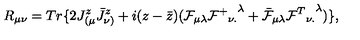
R _ { \mu \nu } = T r \{ 2 J _ { ( \mu } ^ { z } \bar { J } _ { \nu ) } ^ { z } + i ( z - \bar { z } ) ( { \cal F } _ { \mu \lambda } { { { \cal F } ^ { + } } _ { \nu . } } ^ { \lambda } + \bar { \cal F } _ { \mu \lambda } { { { \cal F } ^ { T } } _ { \nu . } } ^ { \lambda } ) \} ,